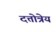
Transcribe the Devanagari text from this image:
दत्तोत्रेय